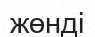
жөнді